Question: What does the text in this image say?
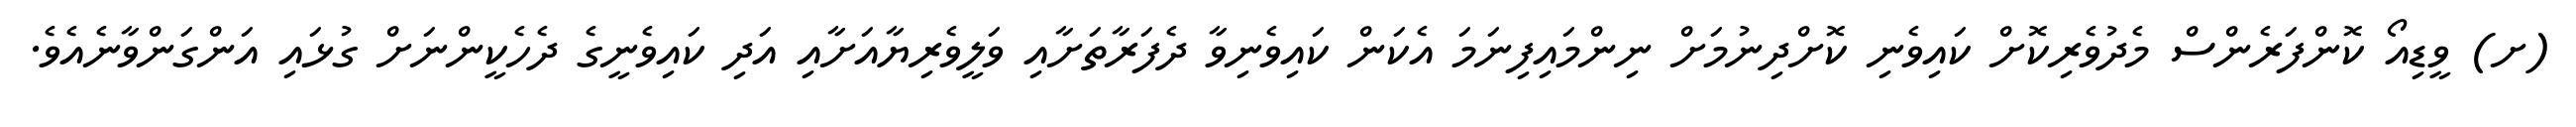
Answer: (ށ) ވީޑިއޯ ކޮންފަރެންސް މެދުވެރިކޮށް ކައިވެނި ކޮށްދިނުމަށް ނިންމައިފިނަމަ އެކަން ކައިވެނިވާ ދެފަރާތަށާއި ވަލީވެރިޔާއަށާއި އަދި ކައިވެނީގެ ދެހެކީންނަށް ގުޅައި އަންގަންވާނެއެވެ.